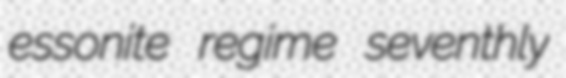
essonite regime seventhly